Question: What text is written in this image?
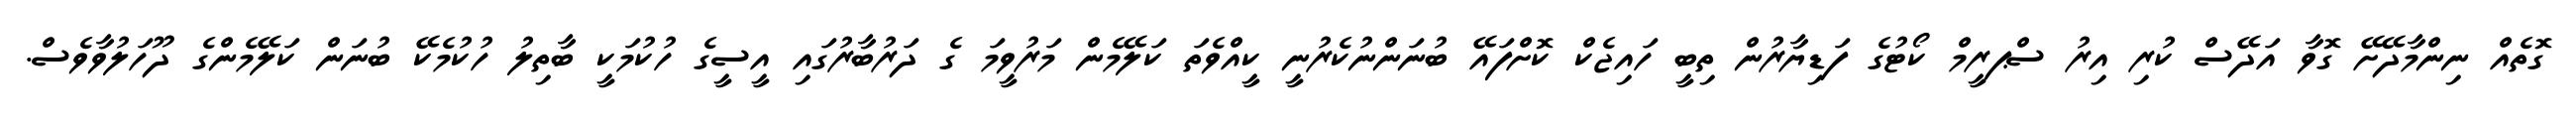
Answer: ގޮތެއް ނިންމާދޭށޭ ގޮވާ އަދޭސް ކުރި އިރު ސްޕރީމް ކޯޓުގެ ފަޑިޔާރުން ތިބީ ހައިޖެކް ކޮށްފައޭ ބުނަންނުކެރުނީ ކީއްވެތަ ކަލޭމެން މަރުވީމަ ގެ ދަރުބާރުގައި އީސީގެ ހުކުމަކީ ބާތިލު ހުކުމެކޭ ބުނަން ކަލޭމެންގެ ދޫހަލުވާވެސް.